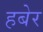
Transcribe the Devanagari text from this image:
हबेर